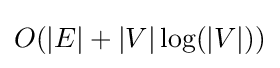
O(|E|+|V|\log(|V|))